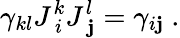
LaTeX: \gamma_{kl}J_{\ i}^{k}J_{\ \mathbf{j}}^{l}=\gamma_{i\mathbf{j}}\ .